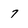
Character: 7